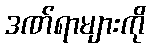
ဒဏ်ရာများကို